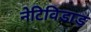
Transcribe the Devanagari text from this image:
नेटिविडाड